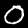
Digit: 0